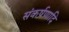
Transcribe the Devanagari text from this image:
संकर्षणादि